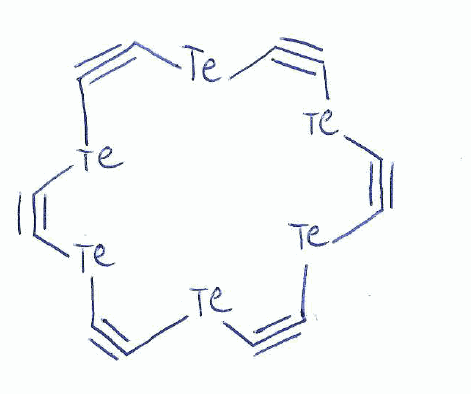
Simplified molecular-input line-entry system (SMILES) notation of the given molecule:
C1#C[Te]C#C[Te]C#C[Te]C#C[Te]C#C[Te]C#C[Te]1